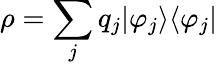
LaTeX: \rho=\sum_{j}q_{j}|\varphi_{j}\rangle\langle\varphi_{j}|